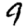
Digit: 9